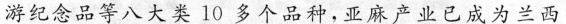
游纪念品等八大类10多个品种，亚麻产业已成为兰西